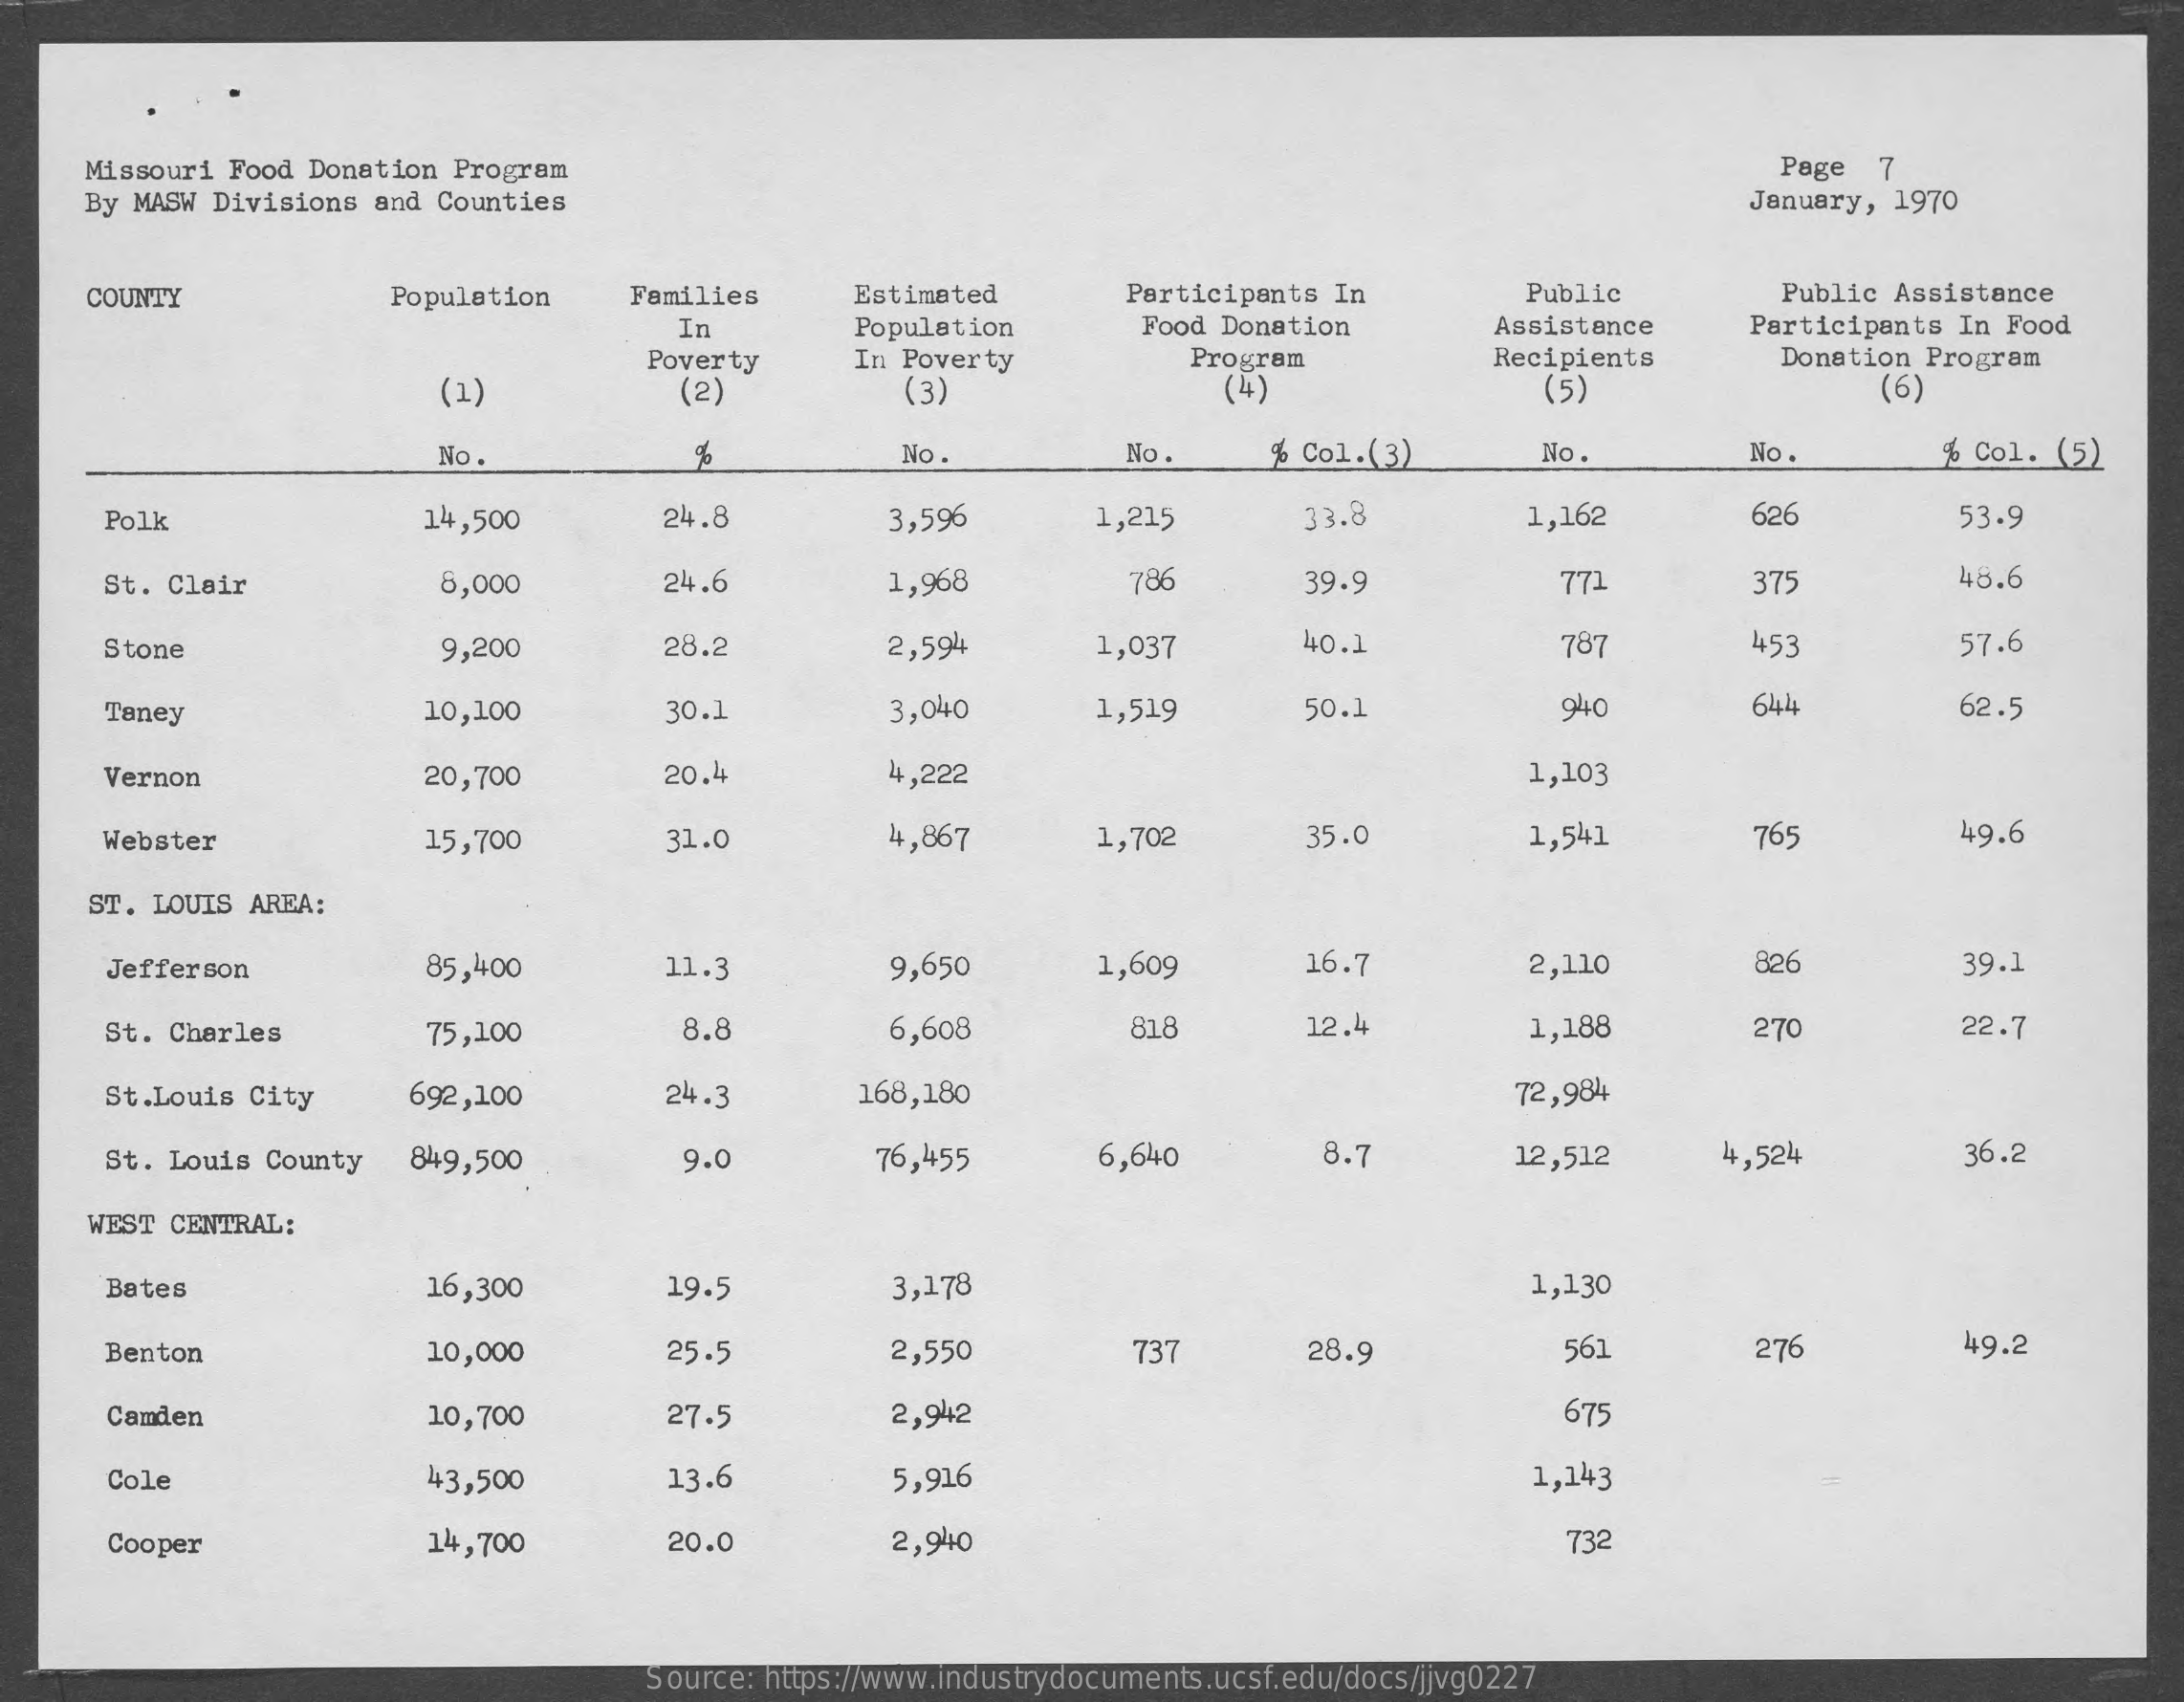
Missouri Food Donation Program    Page 7
   By MASW Divisions and Counties    January, 1970
   COUNTY    Population Families Estimated Participants In Public Public Assistance
     In    Population Food Donation Assistance Participants In Food
     Poverty In Poverty Program    Recipients Donation Program
     (1)    (2)    (3)    (4)    (5)    (6)
     No    %    No.    No   % Col.(3) No.    No    % Col. (5)
    Polk    14,500   24.8    3,596  1,215  33.8    1,162   626    53.9
    St. Clair   8,000   24.6   1,968    786   39.9    771    375    48.6
    Stone    9,200   28.2    2,594  1,037  40.1    787    453    57.6
    Taney    10,100   30.1    3,040  1,519  50.1    940    644    62.5
    Vernon    20,700   20.4   4,222    1,103
    Webster    15,700   31.0   4,867   1,702  35.0    1,541   765    49.6
   ST. LOUIS AREA:
    Jefferson  85,400   11.3    9,650  1,609  16.7    2,110   826    39.1
    St. Charles 75,100  8.8    6,608   818   12.4    1,188   270    22.7
    St.Louis City 692,100 24.3 168,180    72,984
    St. Louis County 849,500 9.0 76,455 6,640  8.7    12,512 4,524   36.2
   WEST CENTRAL:
    Bates    16,300   19.5    3,178    1,130
    Benton    10,000   25.5    2,550   737   28.9    56]    276    49.2
    Camden    10,700   27.5    2,942    675
    Cole    43,500   13.6    5,916    1,143
    Cooper    14,700   20.0    2,940    732
     Source: https://www.industrydocuments.ucsf.edu/docs/jjvg0227